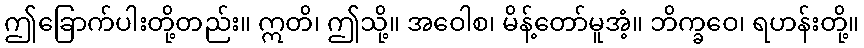
ဤခြောက်ပါးတို့တည်း။ ဣတိ၊ ဤသို့။ အဝေါစ၊ မိန့်တော်မူအံ့။ ဘိက္ခဝေ၊ ရဟန်းတို့။